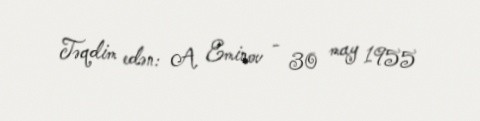
Təqdim edən: A. Eminov - 30 may 1955